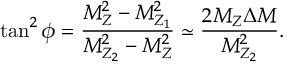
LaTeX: \tan ^ { 2 } \phi = \frac { M _ { Z } ^ { 2 } - M _ { Z _ { 1 } } ^ { 2 } } { M _ { Z _ { 2 } } ^ { 2 } - M _ { Z } ^ { 2 } } \simeq \frac { 2 M _ { Z } \Delta M } { M _ { Z _ { 2 } } ^ { 2 } } .